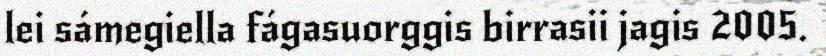
lei sámegiella fágasuorggis birrasii jagis 2005.